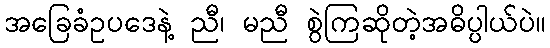
အခြေခံဥပဒေနဲ့ ညီ၊ မညီ စွဲကြဆိုတဲ့အဓိပ္ပါယ်ပဲ။